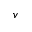
v